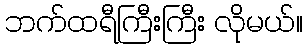
ဘက်ထရီကြီးကြီး လိုမယ်။